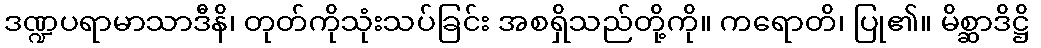
ဒဏ္ဍပရာမာသာဒီနိ၊ တုတ်ကိုသုံးသပ်ခြင်း အစရှိသည်တို့ကို။ ကရောတိ၊ ပြု၏။ မိစ္ဆာဒိဋ္ဌိ